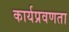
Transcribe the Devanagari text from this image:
कार्यप्रवणता